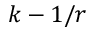
k - 1 / r